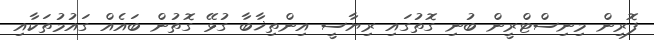
ފޮރިން މިނިސްޓްރީން ބުނި ގޮތުގައި ރިޔާސީ އިންތިޚާބާ ގުޅޭ ގޮތުން ބައެއް ގައުމުތަކާއި